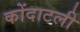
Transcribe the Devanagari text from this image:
कोंदाटली